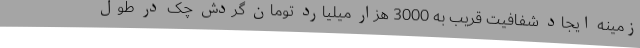
زمینه ایجاد شفافیت قریب به 3000 هزار میلیارد تومان گردش چک در طول